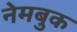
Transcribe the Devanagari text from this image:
नेमबुक